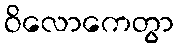
ဝိလောကေတွာ